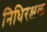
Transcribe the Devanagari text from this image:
निधिरक्षक